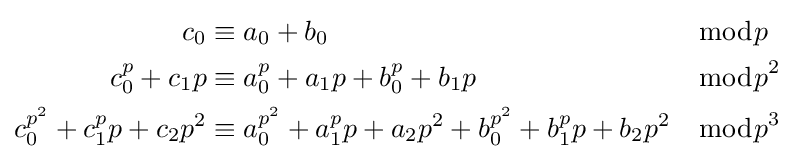
{\begin{aligned}c_{0}&\equiv a_{0}+b_{0}&&{\bmod {p}}\\c_{0}^{p}+c_{1}p&\equiv a_{0}^{p}+a_{1}p+b_{0}^{p}+b_{1}p&&{\bmod {p}}^{2}\\c_{0}^{p^{2}}+c_{1}^{p}p+c_{2}p^{2}&\equiv a_{0}^{p^{2}}+a_{1}^{p}p+a_{2}p^{2}+b_{0}^{p^{2}}+b_{1}^{p}p+b_{2}p^{2}&&{\bmod {p}}^{3}\end{aligned}}